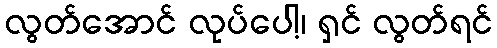
လွတ်အောင် လုပ်ပေါ့၊ ရှင် လွတ်ရင်